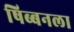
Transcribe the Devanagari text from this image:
षिब्बनला